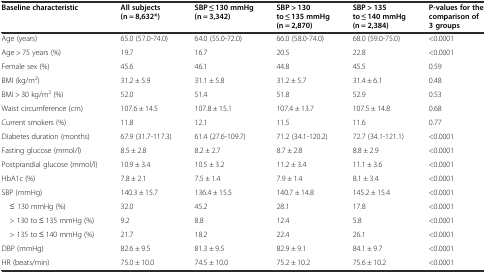
<table><thead><tr><td><b>Baseline characteristic</b></td><td><b>All subjects (n = 8,632*)</b></td><td><b>SBP ≤ 130 mmHg (n = 3,342)</b></td><td><b>SBP &gt; 130 to ≤ 135 mmHg (n = 2,870)</b></td><td><b>SBP &gt; 135 to ≤ 140 mmHg (n = 2,384)</b></td><td><b>P-values for the comparison of 3 groups</b></td></tr></thead><tbody><tr><td>Age (years)</td><td>65.0 (57.0-74.0)</td><td>64.0 (55.0-72.0)</td><td>66.0 (58.0-74.0)</td><td>68.0 (59.0-75.0)</td><td>&lt;0.0001</td></tr><tr><td>Age &gt; 75 years (%)</td><td>19.7</td><td>16.7</td><td>20.5</td><td>22.8</td><td>&lt;0.0001</td></tr><tr><td>Female sex (%)</td><td>45.6</td><td>46.1</td><td>44.8</td><td>45.5</td><td>0.59</td></tr><tr><td>BMI (kg/m<sup>2</sup>)</td><td>31.2 ± 5.9</td><td>31.1 ± 5.8</td><td>31.2 ± 5.7</td><td>31.4 ± 6.1</td><td>0.48</td></tr><tr><td>BMI &gt; 30 kg/m<sup>2</sup> (%)</td><td>52.0</td><td>51.4</td><td>51.8</td><td>52.9</td><td>0.53</td></tr><tr><td>Waist circumference (cm)</td><td>107.6 ± 14.5</td><td>107.8 ± 15.1</td><td>107.4 ± 13.7</td><td>107.5 ± 14.8</td><td>0.68</td></tr><tr><td>Current smokers (%)</td><td>11.8</td><td>12.1</td><td>11.5</td><td>11.6</td><td>0.77</td></tr><tr><td>Diabetes duration (months)</td><td>67.9 (31.7-117.3)</td><td>61.4 (27.6-109.7)</td><td>71.2 (34.1-120.2)</td><td>72.7 (34.1-121.1)</td><td>&lt;0.0001</td></tr><tr><td>Fasting glucose (mmol/l)</td><td>8.5 ± 2.8</td><td>8.2 ± 2.7</td><td>8.7 ± 2.8</td><td>8.8 ± 2.9</td><td>&lt;0.0001</td></tr><tr><td>Postprandial glucose (mmol/l)</td><td>10.9 ± 3.4</td><td>10.5 ± 3.2</td><td>11.2 ± 3.4</td><td>11.1 ± 3.6</td><td>&lt;0.0001</td></tr><tr><td>HbA1c (%)</td><td>7.8 ± 2.1</td><td>7.5 ± 1.4</td><td>7.9 ± 1.4</td><td>8.1 ± 3.4</td><td>&lt;0.0001</td></tr><tr><td>SBP (mmHg)</td><td>140.3 ± 15.7</td><td>136.4 ± 15.5</td><td>140.7 ± 14.8</td><td>145.2 ± 15.4</td><td>&lt;0.0001</td></tr><tr><td> ≤ 130 mmHg (%)</td><td>32.0</td><td>45.2</td><td>28.1</td><td>17.8</td><td>&lt;0.0001</td></tr><tr><td> &gt; 130 to ≤ 135 mmHg (%)</td><td>9.2</td><td>8.8</td><td>12.4</td><td>5.8</td><td>&lt;0.0001</td></tr><tr><td> &gt; 135 to ≤ 140 mmHg (%)</td><td>21.7</td><td>18.2</td><td>22.4</td><td>26.1</td><td>&lt;0.0001</td></tr><tr><td>DBP (mmHg)</td><td>82.6 ± 9.5</td><td>81.3 ± 9.5</td><td>82.9 ± 9.1</td><td>84.1 ± 9.7</td><td>&lt;0.0001</td></tr><tr><td>HR (beats/min)</td><td>75.0 ± 10.0</td><td>74.5 ± 10.0</td><td>75.2 ± 10.2</td><td>75.6 ± 10.2</td><td>&lt;0.0001</td></tr></tbody></table>